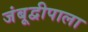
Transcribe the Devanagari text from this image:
जंबूद्वीपाला